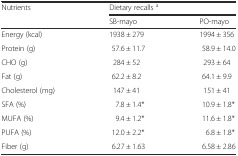
<table><thead><tr><td rowspan="2"><b>Nutrients</b></td><td colspan="2"><b>Dietary recalls <sup>a</sup></b></td></tr><tr><td><b>SB-mayo</b></td><td><b>PO-mayo</b></td></tr></thead><tbody><tr><td>Energy (kcal)</td><td>1938 ± 279</td><td>1994 ± 356</td></tr><tr><td>Protein (g)</td><td>57.6 ± 11.7</td><td>58.9 ± 14.0</td></tr><tr><td>CHO (g)</td><td>284 ± 52</td><td>293 ± 64</td></tr><tr><td>Fat (g)</td><td>62.2 ± 8.2</td><td>64.1 ± 9.9</td></tr><tr><td>Cholesterol (mg)</td><td>147 ± 41</td><td>151 ± 41</td></tr><tr><td>SFA (%)</td><td>7.8 ± 1.4*</td><td>10.9 ± 1.8*</td></tr><tr><td>MUFA (%)</td><td>9.4 ± 1.2*</td><td>11.6 ± 1.8*</td></tr><tr><td>PUFA (%)</td><td>12.0 ± 2.2*</td><td>6.8 ± 1.8*</td></tr><tr><td>Fiber (g)</td><td>6.27 ± 1.63</td><td>6.58 ± 2.86</td></tr></tbody></table>